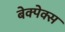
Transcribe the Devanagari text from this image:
बेक्पेक्स